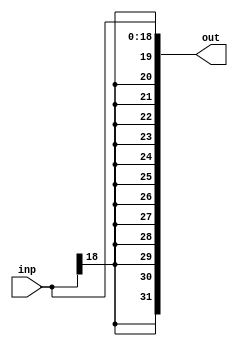
`timescale 1ns / 1ps
//////////////////////////////////////////////////////////////////////////////////
// Company: 
// Engineer: 
// 
// Design Name: 
// Module Name:    signExtendBlock 
// Project Name: 
// Target Devices: 
// Tool versions: 
// Description: 
//
// Dependencies: 
//
// Revision: 
// Revision 0.01 - File Created
// Additional Comments: 
//
//////////////////////////////////////////////////////////////////////////////////

// Sign extend 19-bit -to- 32-bit
module signExtendBlock(
	input [18:0] inp,
	output [31:0] out 
    );
	 
	 assign out[31:19] = {13{inp[18]}};		// append 13 bits of MSB to the input
	 assign out[18:0] = inp;

endmodule